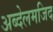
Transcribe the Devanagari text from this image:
अब्देलमजिद